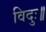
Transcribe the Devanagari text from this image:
विदुः॥